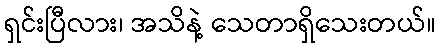
ရှင်းပြီလား၊ အသိနဲ့ သေတာရှိသေးတယ်။